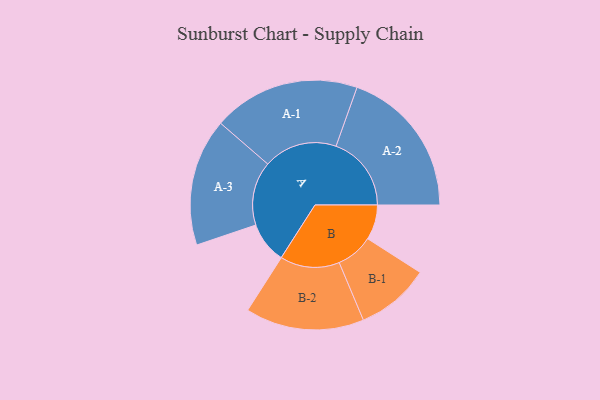
{"axis": {"x": "Segment", "y": "Value"}, "legend": ["", "A", "B"], "data": [{"x": "A", "y": 122, "type": ""}, {"x": "B", "y": 103, "type": ""}, {"x": "A-1", "y": 217, "type": "A"}, {"x": "A-2", "y": 222, "type": "A"}, {"x": "A-3", "y": 188, "type": "A"}, {"x": "B-1", "y": 109, "type": "B"}, {"x": "B-2", "y": 175, "type": "B"}]}